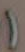
)